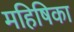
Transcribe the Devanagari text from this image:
महिषिका